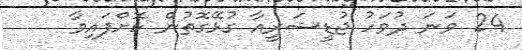
24 ވަނަ ދުވަހު ޖުޑީޝަރީއާ ގުޅޭގޮތުން ކޮށްފައިވާ